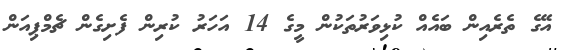
އޭގެ ތެރެއިން ބައެއް ކުޅިވަރުތަކުން މީގެ 14 އަހަރު ކުރިން ފެށިގެން ޗެމްޕިއަން